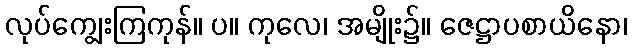
လုပ်ကျွေးကြကုန်။ ပ။ ကုလေ၊ အမျိုး၌။ ဇေဋ္ဌာပစာယိနော၊